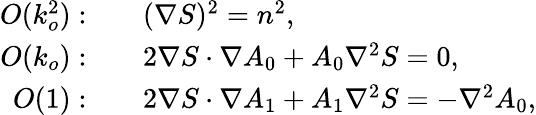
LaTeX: {\begin{array}{rl}{O(k_{o}^{2}):}&{\quad(\nabla S)^{2}=n^{2},}\\ {O(k_{o}):}&{\quad 2\nabla S\cdot\nabla A_{0}+A_{0}\nabla^{2}S=0,}\\ {O(1):}&{\quad 2\nabla S\cdot\nabla A_{1}+A_{1}\nabla^{2}S=-\nabla^{2}A_{0},}\end{array}}